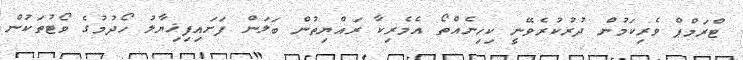
ޓްރަމްޕް ވެރިކަމުން ދުރުކުރެވޭނީ ކިހިނެއްތޯ އެމެރިކާ ރައްޔިތުން ބަލަން ފަށައިފިޚިޔާލު ހޯދުމުގެ ވޯޓުތަކުން